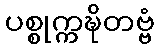
ပစ္စုက္ကဍ္ဎိတဗ္ဗံ